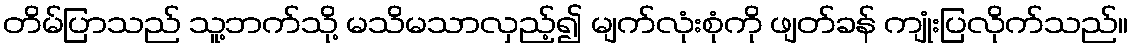
တိမ်ပြာသည် သူ့ဘက်သို့ မသိမသာလှည့်၍ မျက်လုံးစုံကို ဖျတ်ခန် ကျုံးပြလိုက်သည်။